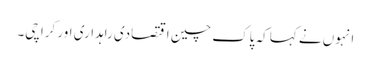
انہوں نے کہا کہ پاک چین اقتصادی راہداری اور کراچی۔